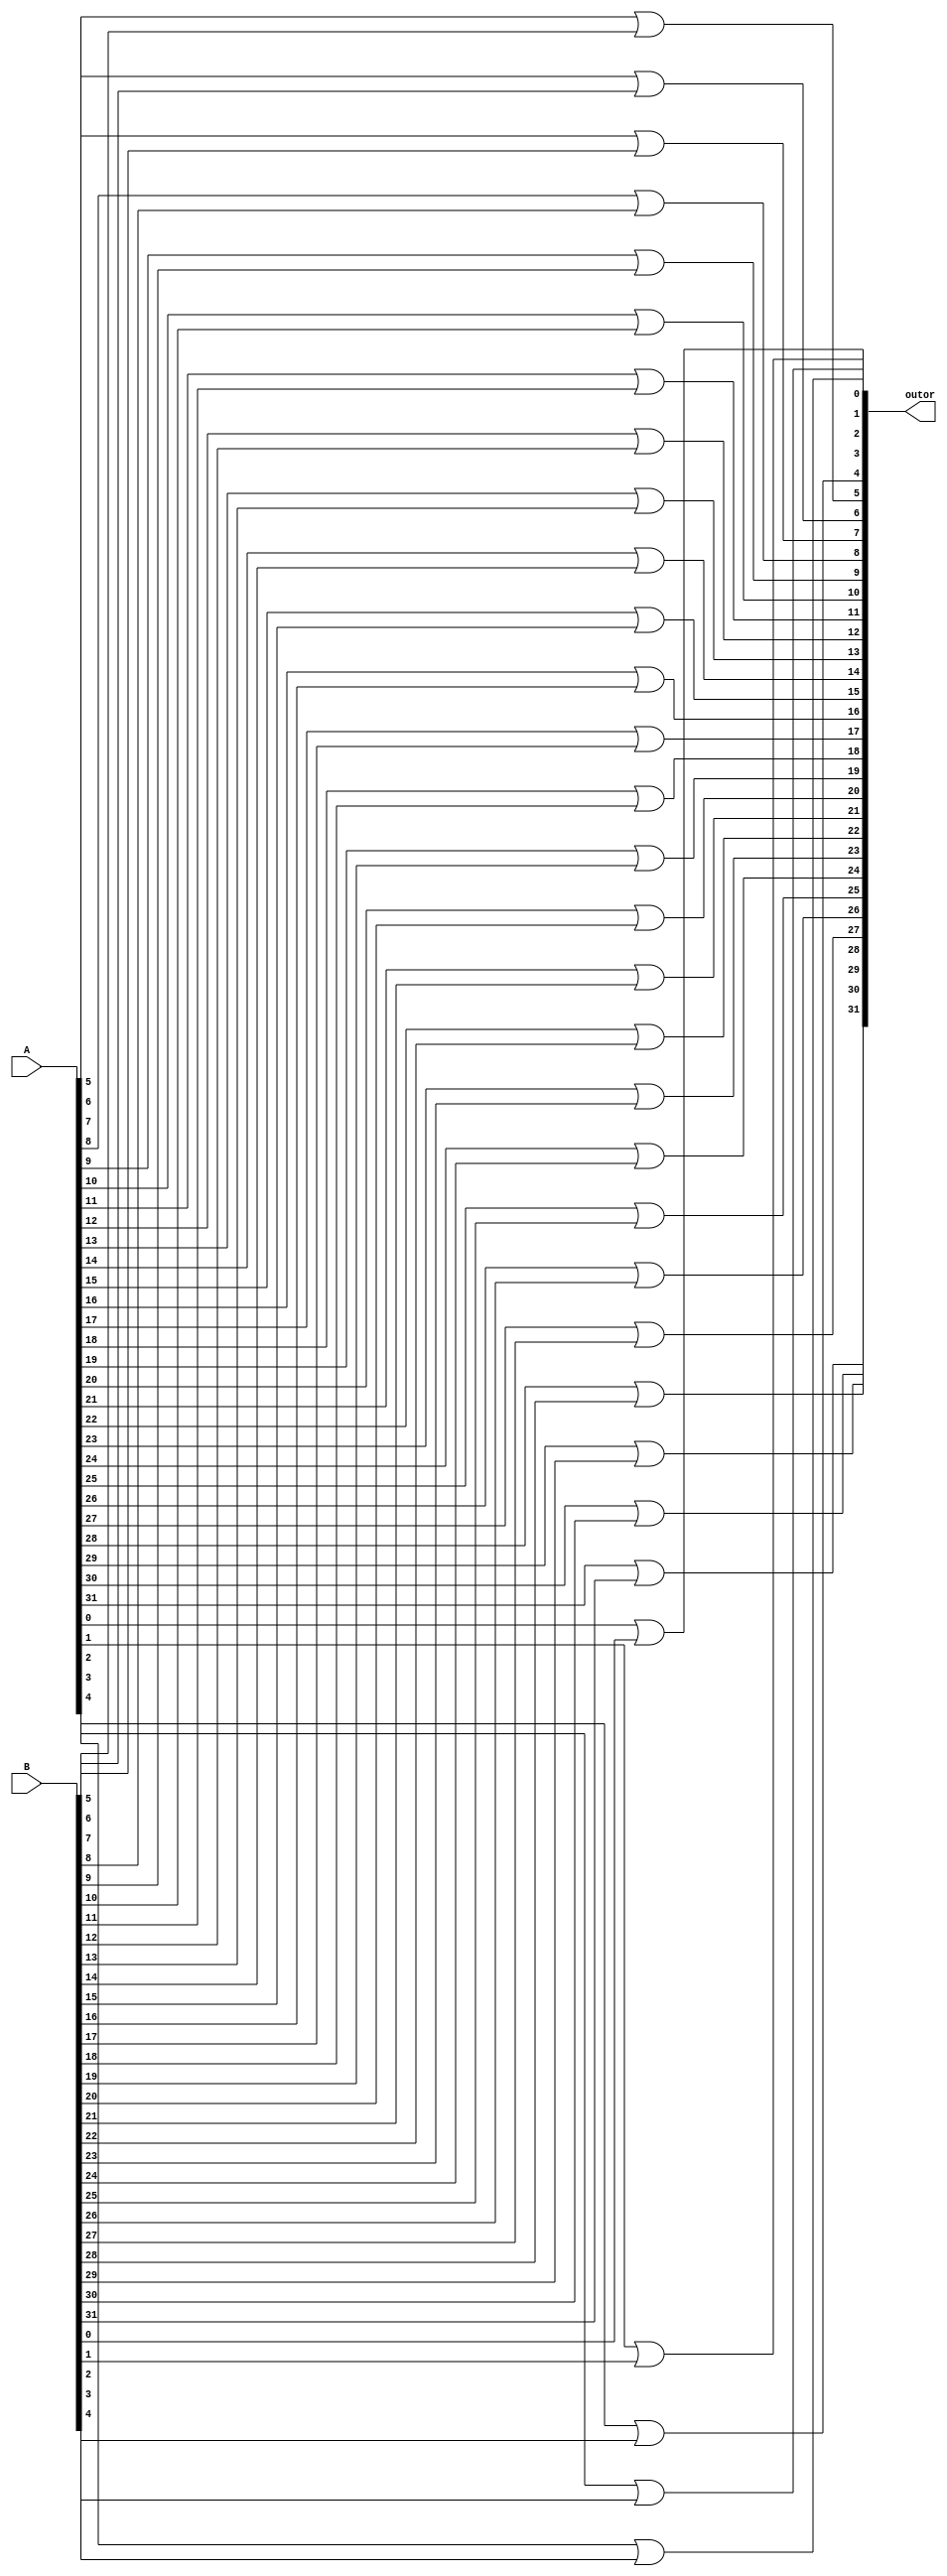
module bitWiseOr(outor,A,B);
    input[31:0] A,B;
    output[31:0] outor;

    or one1(outor[0],A[0],B[0]);
    or one2(outor[1],A[1],B[1]);
    or one3(outor[2],A[2],B[2]);
    or one4(outor[3],A[3],B[3]);
    or one5(outor[4],A[4],B[4]);
    or one6(outor[5],A[5],B[5]);
    or one7(outor[6],A[6],B[6]);
    or one8(outor[7],A[7],B[7]);
    or one9(outor[8],A[8],B[8]);
    or one11(outor[9],A[9],B[9]);
    or one12(outor[10],A[10],B[10]);
    or one13(outor[11],A[11],B[11]);
    or one14(outor[12],A[12],B[12]);
    or one15(outor[13],A[13],B[13]);
    or one16(outor[14],A[14],B[14]);
    or one17(outor[15],A[15],B[15]);
    or one18(outor[16],A[16],B[16]);
    or one19(outor[17],A[17],B[17]);
    or one22(outor[18],A[18],B[18]);
    or one33(outor[19],A[19],B[19]);
    or one44(outor[20],A[20],B[20]);
    or one55(outor[21],A[21],B[21]);
    or one66(outor[22],A[22],B[22]);
    or one77(outor[23],A[23],B[23]);
    or one88(outor[24],A[24],B[24]);
    or one99(outor[25],A[25],B[25]);
    or one56(outor[26],A[26],B[26]);
    or one43(outor[27],A[27],B[27]);
    or one23(outor[28],A[28],B[28]);
    or one53(outor[29],A[29],B[29]);
    or one87(outor[30],A[30],B[30]);
    or one98(outor[31],A[31],B[31]);
endmodule